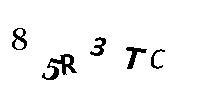
85R3TC